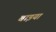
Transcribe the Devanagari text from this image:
बाइयां